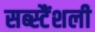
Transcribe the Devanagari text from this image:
सब्स्टैंशली